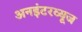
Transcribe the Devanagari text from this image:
अनइंटरव्यूज